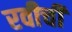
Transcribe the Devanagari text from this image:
रवीची